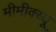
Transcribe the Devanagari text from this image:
मीमीक्य्यू